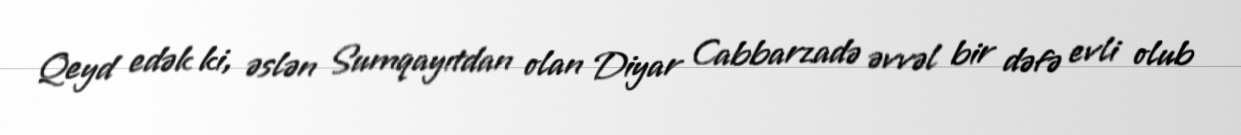
Qeyd edək ki, əslən Sumqayıtdan olan Diyar Cabbarzadə əvvəl bir dəfə evli olub